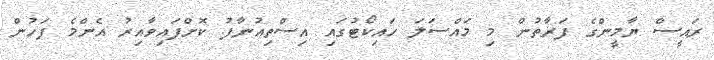
ރައީސް ޔާމީންގެ ފަރާތުން މި މައްސަލަ ހައިކޯޓުގައި އިސްތިއުނާފު ކޮށްފައިވާއިރު އެންމެ ފަހުން